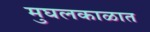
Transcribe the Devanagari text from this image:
मुघलकाळात